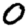
Digit: 0